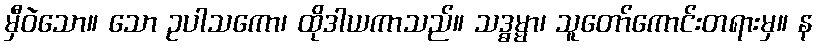
မှီဝဲသော။ သော ဥပါသကော၊ ထိုဒါယကာသည်။ သဒ္ဓမ္မာ၊ သူတော်ကောင်းတရားမှ။ န